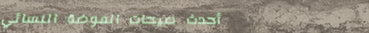
أحدث صيحات الموضة النسائي